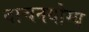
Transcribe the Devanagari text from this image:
वाचनयोग्य